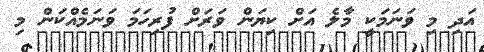
އަދި މި ވަނަމަކީ މާލެ އަށް ކިޔަން ވަރަށް ފުރިހަމަ ވަނަމެއްކަން މި